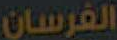
الفرسان